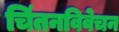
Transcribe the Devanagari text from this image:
चिंतनविवेचन